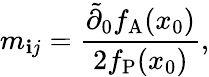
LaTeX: m_{\mathbf{i}j}=\frac{{\tilde{{\partial}}_{0}f_{\mathrm{{A}}}(x_{0})}}{{2f_{\mathrm{{P}}}(x_{0})}},